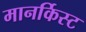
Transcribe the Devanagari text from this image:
मानर्किस्ट